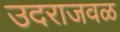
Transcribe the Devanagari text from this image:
उदराजवळ